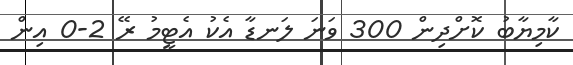
ކާމިޔާބު ކޮށްދިން 300 ވަނަ ލަނޑާ އެކު އެޓީމު ރޭ 2-0 އިން